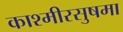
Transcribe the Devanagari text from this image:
काश्मीरसुषमा